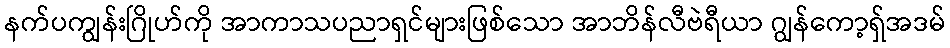
နက်ပကျွန်းဂြိုဟ်ကို အာကာသပညာရှင်များဖြစ်သော အာဘိန်လီဗဲရီယာ ဂျွန်ကော့ရှ်အဒမ်